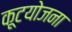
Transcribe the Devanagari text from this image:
कूटयोजना